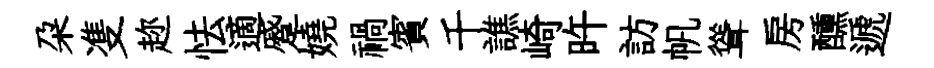
朶㕠趂怯適蹙嬈禍賓千譙崎旿訪帆聳房醺遞